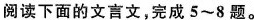
阅读下面的文言文，完成5~8题。